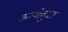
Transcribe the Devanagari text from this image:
अव्योकुटा